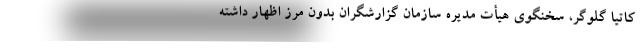
کاتیا گلوگر، سخنگوی هیأت مدیره سازمان گزارشگران بدون مرز اظهار داشته